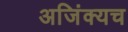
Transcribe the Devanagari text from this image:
अजिंक्यच